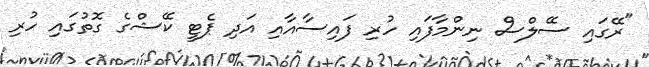
"ރޭގައި ސޭލްސް ނިންމާފައި ހުރި ފައިސާއާއި އަދި ޕެޓީ ކޭޝްގެ ގޮތުގައި ހުރި